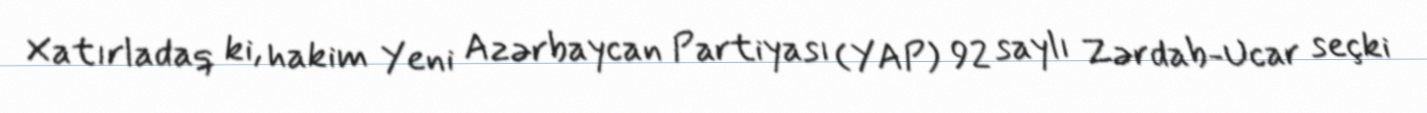
Xatırladaq ki, hakim Yeni Azərbaycan Partiyası (YAP) 92 saylı Zərdab-Ucar seçki